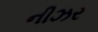
નીઝર